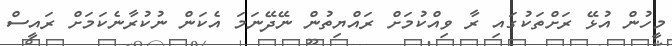
މީހުން އުޅޭ ރަށްތަކުގައި ރާ ވިއްކުމަށް ރައްޔިތުން ނޭދޭނަމަ އެކަން ނުކުރާނެކަމަށް ރައީސް